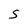
Character: S